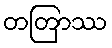
တတြာဿ